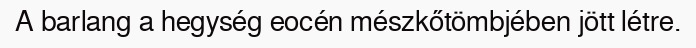
A barlang a hegység eocén mészkőtömbjében jött létre.